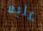
عليه